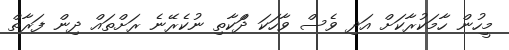
މީހުން ހާމަކުރާކަށް އަދި ވެސް ވާހަކަ ދަްކާތި ނުކެރޭނެ ރަށްތައް ދިން ފަރާތް